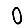
Digit: 0